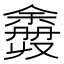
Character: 𫣮